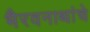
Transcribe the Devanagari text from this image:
भैरवनाथांचे